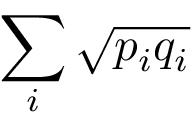
\sum _ { i } { \sqrt { p _ { i } q _ { i } } }